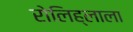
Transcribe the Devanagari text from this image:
रोलिह्लाला